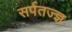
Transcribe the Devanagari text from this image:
सर्पतज्ज्ञ